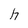
Character: h